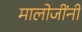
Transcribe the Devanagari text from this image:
मालोजींनी